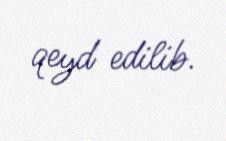
qeyd edilib.